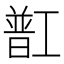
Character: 㠮